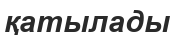
қатылады